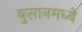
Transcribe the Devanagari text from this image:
बुसानमध्ये